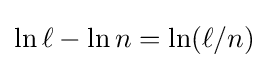
\ln \ell -\ln n=\ln(\ell /n)